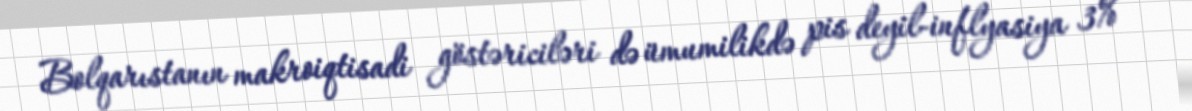
Bolqarıstanın makroiqtisadi göstəriciləri də ümumilikdə pis deyil-inflyasiya 3%